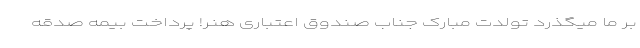
بر ما میگذرد تولدت مبارک جناب صندوق اعتباری هنر! پرداخت بیمه صدقه